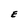
Character: E